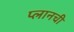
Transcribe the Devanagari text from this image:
प्लानची